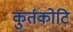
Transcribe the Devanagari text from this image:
कुर्तकोटि